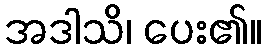
အဒါသိ၊ ပေး၏။